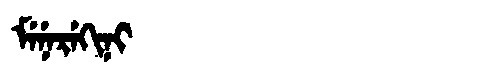
Manchu: ᠮᡝᠨᡝᡵᡝᡴᡳᠨᡳ
Romanization: MENEREKINI